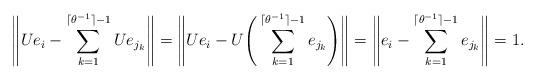
LaTeX: \begin{align*} \Bigg\|Ue_i - \sum_{k=1}^{\lceil \theta^{-1} \rceil - 1} Ue_{j_k} \Bigg\| =\Bigg\|Ue_i - U \Bigg(\sum_{k=1}^{\lceil \theta^{-1} \rceil - 1} e_{j_k} \Bigg) \Bigg\| = \Bigg\|e_i - \sum_{k=1}^{\lceil \theta^{-1} \rceil - 1} e_{j_k}\Bigg\| = 1. \end{align*}